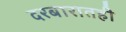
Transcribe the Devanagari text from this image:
दरबारातही